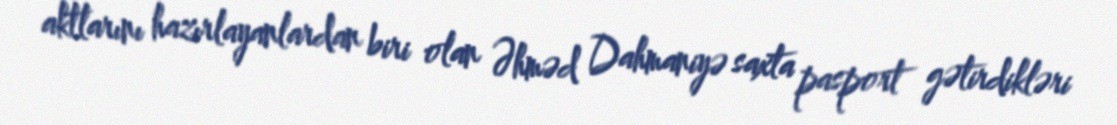
aktlarını hazırlayanlardan biri olan Əhməd Dahmaniyə saxta pasport gətirdikləri